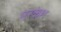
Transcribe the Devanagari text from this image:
मरकेश